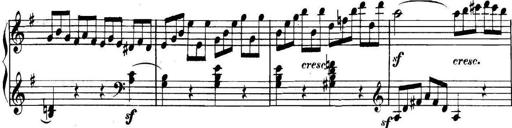
Title: Collected Piano Sonatas
Composer: Muzio Clementi